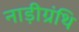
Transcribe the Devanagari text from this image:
नाड़ीग्रंथि